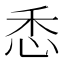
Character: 𢘳